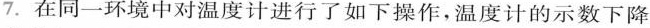
7.在同一环境中对温度计进行了如下操作，温度计的示数下降